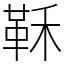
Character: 鞂